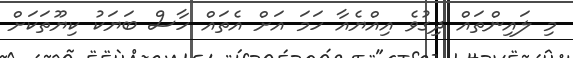
މި ލައިންތައް ދިގުވެ އިއްޔެއާ ހަމަ އަށް އެތައް ހާސް ބަޔަކު ކިޔޫތަކަށް